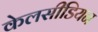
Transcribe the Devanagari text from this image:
केलसीडियन